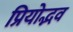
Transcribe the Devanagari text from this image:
प्रियोद्भव